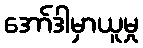
အော်ဒါမှာယူမှု